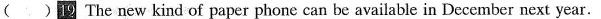
( )19 The new kind of paper phone can be available in December next year.